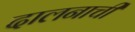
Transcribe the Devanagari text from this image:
दालनाची